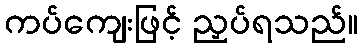
ကပ်ကျေးဖြင့် ညှပ်ရသည်။